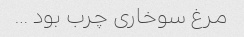
مرغ سوخاری چرب بود …